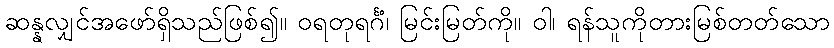
ဆန္နလျှင်အဖော်ရှိသည်ဖြစ်၍။ ဝရတုရင်္ဂံ၊ မြင်းမြတ်ကို။ ဝါ၊ ရန်သူကိုတားမြစ်တတ်သော